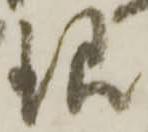
銀